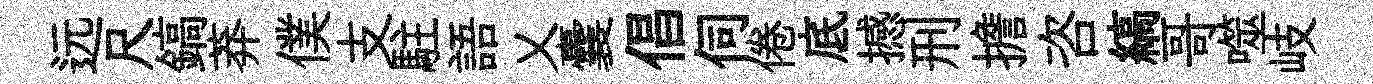
远尺鎬莽僕支駐語乂囊倡伺倦底撼刑擔咨縞哥噬岐